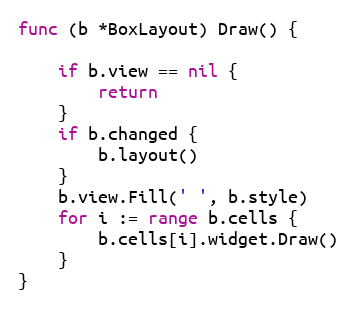
Language: Go
func (b *BoxLayout) Draw() {

	if b.view == nil {
		return
	}
	if b.changed {
		b.layout()
	}
	b.view.Fill(' ', b.style)
	for i := range b.cells {
		b.cells[i].widget.Draw()
	}
}